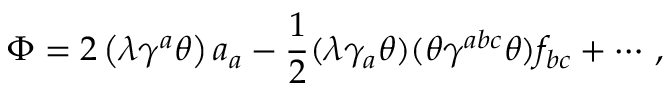
\Phi = 2 \left( \lambda \gamma ^ { a } \theta \right) a _ { a } - \frac { 1 } { 2 } ( \lambda \gamma _ { a } \theta ) ( \theta \gamma ^ { a b c } \theta ) f _ { b c } + \cdots \, ,